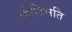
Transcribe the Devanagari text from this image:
णीतिमति